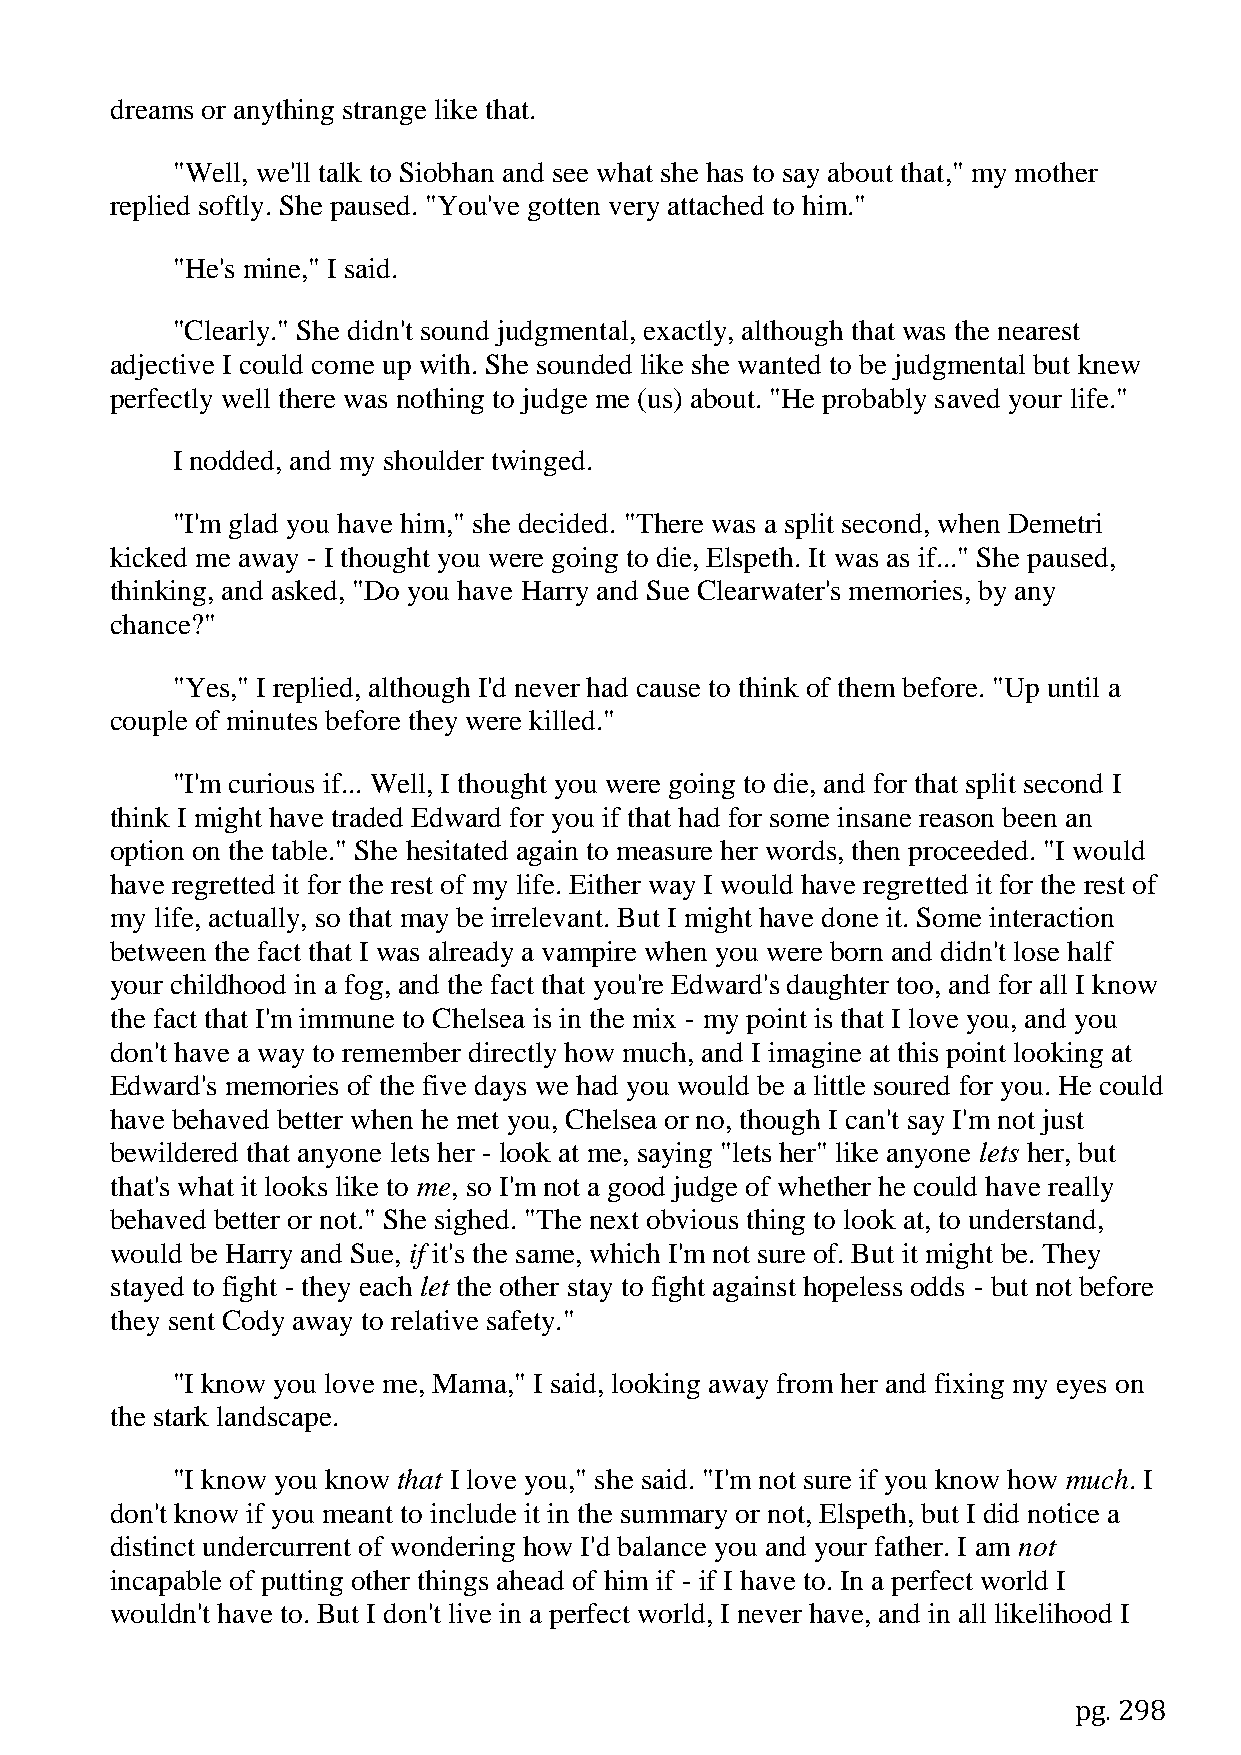
dreams or anything strange like that.
 "Well, we'll talk to Siobhan and see what she has to say about that," my mother
 replied softly. She paused. "You've gotten very attached to him."
 "He's mine," I said.
 "Clearly." She didn't sound judgmental, exactly, although that was the nearest
 adjective I could come up with. She sounded like she wanted to be judgmental but knew
 perfectly well there was nothing to judge me (us) about. "He probably saved your life."
 I nodded, and my shoulder twinged.
 "I'm glad you have him," she decided. "There was a split second, when Demetri
 kicked me away - I thought you were going to die, Elspeth. It was as if..." She paused,
 thinking, and asked, "Do you have Harry and Sue Clearwater's memories, by any
 chance?"
 "Yes," I replied, although I'd never had cause to think of them before. "Up until a
 couple of minutes before they were killed."
 "I'm curious if... Well, I thought you were going to die, and for that split second I
 think I might have traded Edward for you if that had for some insane reason been an
 option on the table." She hesitated again to measure her words, then proceeded. "I would
 have regretted it for the rest of my life. Either way I would have regretted it for the rest of
 my life, actually, so that may be irrelevant. But I might have done it. Some interaction
 between the fact that I was already a vampire when you were born and didn't lose half
 your childhood in a fog, and the fact that you're Edward's daughter too, and for all I know
 the fact that I'm immune to Chelsea is in the mix - my point is that I love you, and you
 don't have a way to remember directly how much, and I imagine at this point looking at
 Edward's memories of the five days we had you would be a little soured for you. He could
 have behaved better when he met you, Chelsea or no, though I can't say I'm not just
 bewildered that anyone lets her - look at me, saying "lets her" like anyone lets her, but
 that's what it looks like to me, so I'm not a good judge of whether he could have really
 behaved better or not." She sighed. "The next obvious thing to look at, to understand,
 would be Harry and Sue, if it's the same, which I'm not sure of. But it might be. They
 stayed to fight - they each let the other stay to fight against hopeless odds - but not before
 they sent Cody away to relative safety."
 "I know you love me, Mama," I said, looking away from her and fixing my eyes on
 the stark landscape.
 "I know you know that I love you," she said. "I'm not sure if you know how much. I
 don't know if you meant to include it in the summary or not, Elspeth, but I did notice a
 distinct undercurrent of wondering how I'd balance you and your father. I am not
 incapable of putting other things ahead of him if - if I have to. In a perfect world I
 wouldn't have to. But I don't live in a perfect world, I never have, and in all likelihood I
 pg. 298